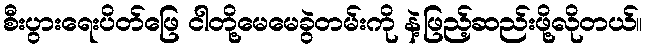
စီးပွားရေးပိတ်ဖြေ ငါတို့မေမေခွဲတမ်းကို နဲ့ဖြည့်ဆည်းဖို့လိုတယ်။